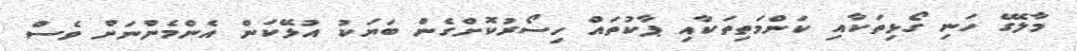
މާލޭގެ ހަނި ގޯޅިތަކާއި ކަންމަތިތަކާއި ޕާކުތައް ހިސޯރުކޮށްގެން ބަޔަކު އުޅޭކަން އެންމެންނަށް ވެސް